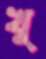
খু